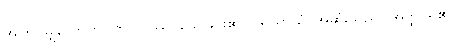
အကြင်မျှလောက်။ ကာလဿ၊ သေခြင်း၏။ ပရိယာယံ၊ အဆုံးသည်။ အတ္ထိ၊ ရှိ၏။